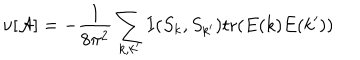
\nu [ { \cal A } ] = - \frac { 1 } { 8 \pi ^ { 2 } } \sum _ { k , k ^ { \prime } } I ( S _ { k } , S _ { k ^ { \prime } } ) \mathrm { t r } ( E ( k ) E ( k ^ { \prime } ) )